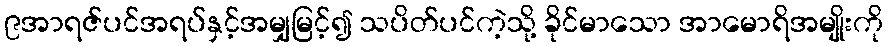
၉အာရဇ်ပင်အရပ်နှင့်အမျှမြင့်၍ သပိတ်ပင်ကဲ့သို့ ခိုင်မာသော အာမောရိအမျိုးကို